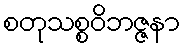
စတုသစ္စဝိဘဇ္ဇနာ